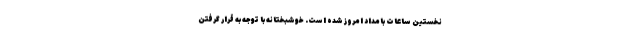
نخستین ساعات بامداد امروز شده است. خوشبختانه با توجه به قرار گرفتن